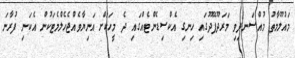
މައުލޫމާތު މުއްސަނދިވި މަރަދޫފޭދޫގައި ހިނގި އެކްސިޑެންޓެއްގައި ދެ މީހަކަށް އަނިޔާވެއްޖެހެލްމެޓަކުން އެކަނި ފުރާނަ